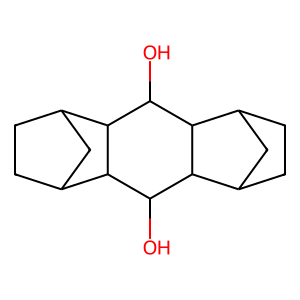
SMILES: OC1C2C3CCC(C3)C2C(O)C2C3CCC(C3)C12
Inhibits HIV replication: No